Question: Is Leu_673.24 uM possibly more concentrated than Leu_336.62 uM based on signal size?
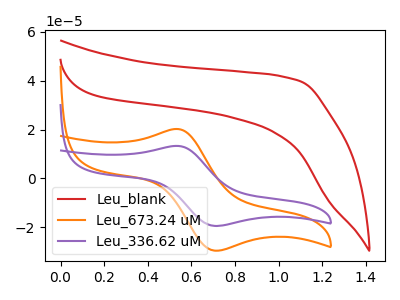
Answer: <think>The red curve "Leu_blank" has no peaks. The orange curve "Leu_673.24 uM" has an anodic peak at (0.55V, 20.25uA) and a cathodic peak at (0.70V, -29.60uA). The purple curve "Leu_336.62 uM" has an anodic peak at (0.55V, 13.30uA) and a cathodic peak at (0.70V, -19.45uA).
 All the peaks in "Leu_673.24 uM" have a peak in "Leu_336.62 uM" at the same potential. Every peak in "Leu_673.24 uM" is higher than every peak in "Leu_336.62 uM".</think>
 <answer>"Leu_673.24 uM" has more signal than "Leu_336.62 uM".</answer>
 <eval>more_signal</eval>